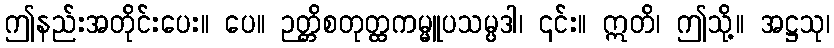
ဤနည်းအတိုင်းပေး။ ပေ။ ဉတ္တိစတုတ္ထကမ္မူပသမ္ပဒါ၊ ၎င်း။ ဣတိ၊ ဤသို့။ အဋ္ဌသု၊